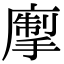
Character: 𢳅